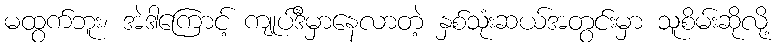
မထွက်ဘူး၊ အဲဒါကြောင့် ကျုပ်ဒီမှာနေလာတဲ့ နှစ်သုံးဆယ်အတွင်းမှာ သူစိမ်းဆိုလို့